Report of the Indian Hemp Drugs Commission, 1894-1895 - Volume III
Year: 1894
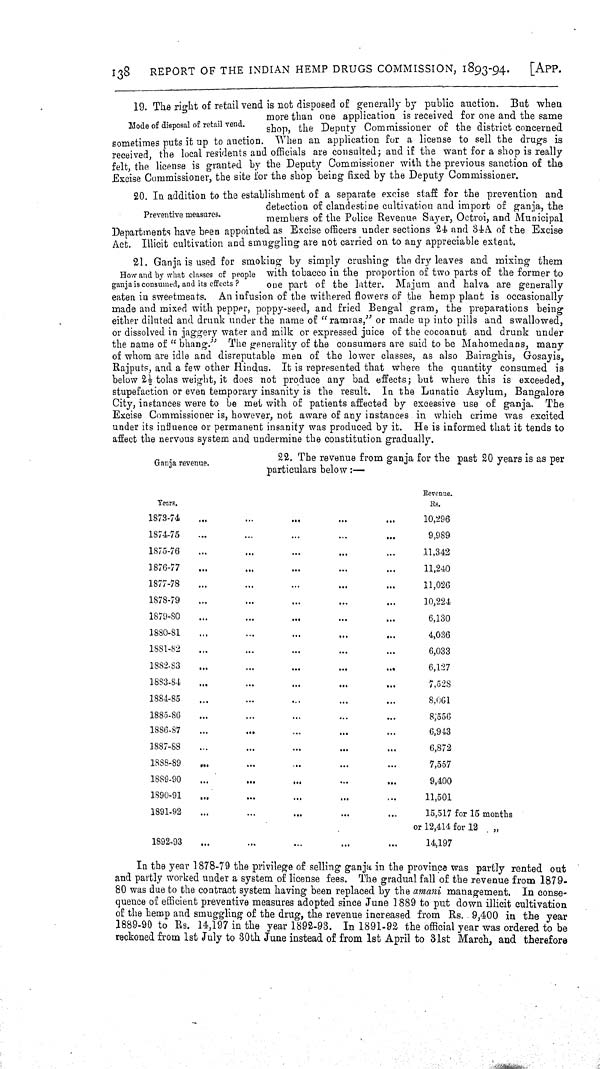
138
REPORT OF THE INDIAN HEMP DRUGS COMMISSION, 1893-94.
[APP.
Mode of disposal of retail vend.
19. The right of retail vend is not disposed of generally by public auction. But when
more than one application is received for one and the same
shop, the Deputy Commissioner of the district concerned
sometimes puts it up to auction. When an application for a license to sell the drugs is
received, the local residents and officials are consulted; and if the want for a shop is really
felt, the license is granted by the Deputy Commissioner with the previous sanction of the
Excise Commissioner, the site for the shop being fixed by the Deputy Commissioner.
Preventive measures.
20. In addition to the establishment of a separate excise state for the prevention and
detection of clandestine cultivation and import of ganja, the
members of the Police Revenue Sayer, Octroi, and Municipal
Departments have been appointed as Excise officers under sections 24 and 34A. of the Excise
Act. Illicit cultivation and smuggling are not carried on to any appreciable extent.
How and by what classes of people
ganja is consumed, and its effects?
21. Ganja is used for smoking by simply crushing the dry leaves and mixing them
with tobacco in the proportion of two parts of the former to
one part of the latter. Majum and halva are generally
eaten in sweetmeats. An infusion of the withered flowers of the hemp plant is occasionally
made and mixed with pepper, poppy-seed, and fried Bengal gram, the preparations being
either diluted and drunk under the name of "ramras," or made up into pills and swallowed,
or dissolved in jaggery water and milk or expressed juice of the cocoanut and drunk under
the name of "bhang." The generality of the consumers are said to be Mahomedans, many
of whom are idle and disreputable men of the lower classes, as also Bairaghis, Gosayis,
Rajputs, and a few other Hindus. It is represented that where the quantity consumed is
below 2½ tolas weight, it does not produce any bad effects; but where this is exceeded,
stupefaction or even temporary insanity is the result. In the Lunatic Asylum, Bangalore
City, instances were to be met with of patients affected by excessive use of ganja. The
Excise Commissioner is, however, not aware of any instances in which crime was excited
under its influence or permanent insanity was produced by it. He is informed that it tends to
affect the nervous system and undermine the constitution gradually.
Ganja revenue.
22. The revenue from ganja for the past 20 years is as per
particulars below:—
Years.
Revenue.
Rs.
1873-74
10,296
1874-75
9,989
1875-76
11,342
1876-77
11,240
1877-78
11,026
1878-79
10,224
1879-80
6,130
1880-81
4,036
1881-82
6,033
1882-83
6,127
1883-84
7,528
1884-85
8,061
1885-86
8,556
1886-87
6,943
1887-88
6,872
1888-89
7,557
1889-90
9,400
1890-91
11,501
1891-92
15,517 for 15 months
or 12,414 for 12
"
1892-93
14,197
In the year 1878-79 the privilege of selling ganja in the province was partly rented out
and partly worked under a system of license fees. The gradual fall of the revenue from 1879-
80 was due to the contract system having been replaced by the amani management. In conse-
quence of efficient preventive measures adopted since June 1889 to put down illicit cultivation
of the hemp and smuggling of the drug, the revenue increased from Rs. 9,400 in the year
1889-90 to Rs. 14,197 in the year 1892-93. In 1891-92 the official year was ordered to be
reckoned from 1st July to 30th June instead of from 1st April to 31st March, and therefore